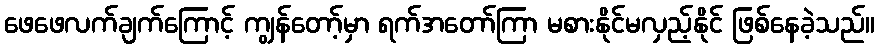
ဖေဖေလက်ချက်ကြောင့် ကျွန်တော့်မှာ ရက်အတော်ကြာ မစားနိုင်မလှည့်နိုင် ဖြစ်နေခဲ့သည်။